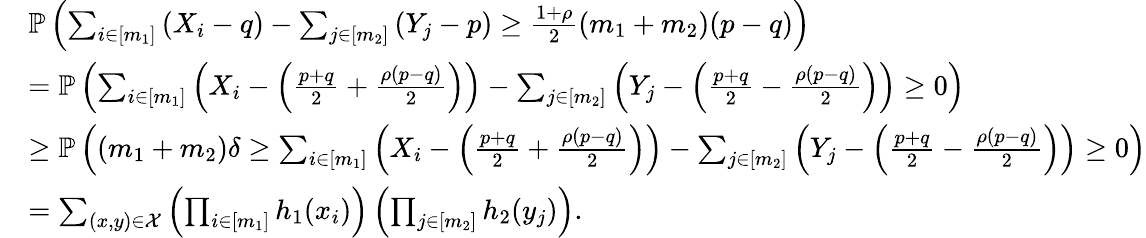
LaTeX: \begin{array}{rl}&{\mathbb{P}\left(\sum_{i\in[m_{1}]}\left(X_{i}-q\right)-\sum_{j\in[m_{2}]}\left(Y_{j}-p\right)\geq\frac{1+\rho}{2}\left(m_{1}+m_{2}\right)(p-q)\right)}\\ &{=\mathbb{P}\left(\sum_{i\in[m_{1}]}\left(X_{i}-\left(\frac{p+q}{2}+\frac{\rho(p-q)}{2}\right)\right)-\sum_{j\in[m_{2}]}\left(Y_{j}-\left(\frac{p+q}{2}-\frac{\rho(p-q)}{2}\right)\right)\geq 0\right)}\\ &{\geq\mathbb{P}\left((m_{1}+m_{2})\delta\geq\sum_{i\in[m_{1}]}\left(X_{i}-\left(\frac{p+q}{2}+\frac{\rho(p-q)}{2}\right)\right)-\sum_{j\in[m_{2}]}\left(Y_{j}-\left(\frac{p+q}{2}-\frac{\rho(p-q)}{2}\right)\right)\geq 0\right)}\\ &{=\sum_{(x,y)\in\mathcal{X}}\left(\prod_{i\in[m_{1}]}h_{1}(x_{i})\right)\left(\prod_{j\in[m_{2}]}h_{2}(y_{j})\right).}\end{array}